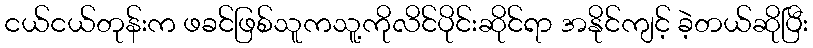
ငယ်ငယ်တုန်းက ဖခင်ဖြစ်သူကသူ့ကိုလိင်ပိုင်းဆိုင်ရာ အနိုင်ကျင့် ခဲ့တယ်ဆိုပြီး